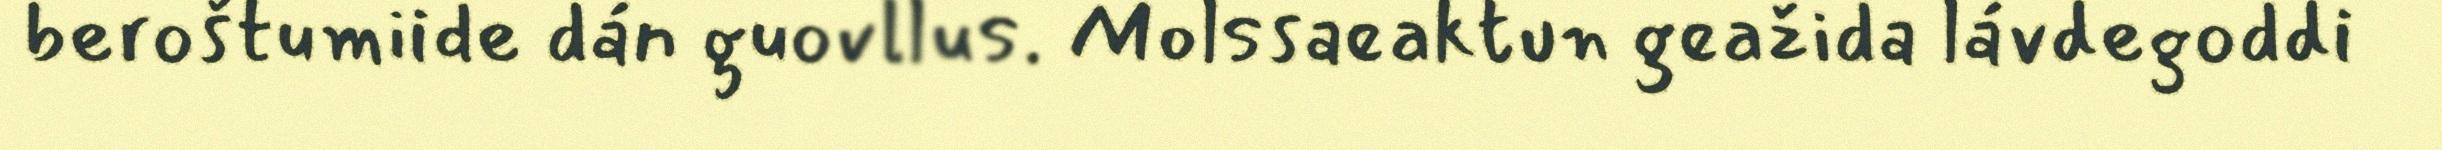
beroštumiide dán guovllus. Molssaeaktun geažida lávdegoddi